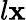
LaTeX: l\mathbf{x}